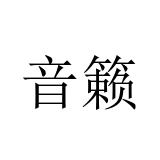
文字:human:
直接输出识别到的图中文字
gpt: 音籁